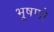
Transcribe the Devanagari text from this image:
भूषणो